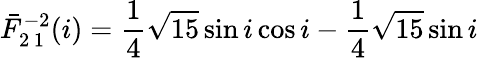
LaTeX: \bar{F}_{2\, 1}^{-2}(i)=\frac{1}{4}\sqrt{15}\sin i\cos i-\frac{1}{4}\sqrt{15}\sin i